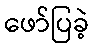
ဖော်ပြခဲ့